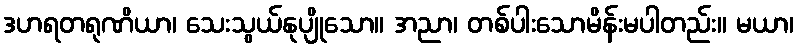
ဒဟရတရုဏိယာ၊ သေးသွယ်နုပျိုသော။ အညာ၊ တစ်ပါးသောမိန်းမပါတည်း။ မယာ၊